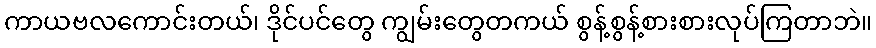
ကာယဗလကောင်းတယ်၊ ဒိုင်ပင်တွေ ကျွမ်းတွေတကယ် စွန့်စွန့်စားစားလုပ်ကြတာဘဲ။